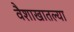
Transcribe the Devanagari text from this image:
वैशाखातल्या